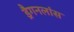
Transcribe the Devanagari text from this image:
ड्रैगनलांस